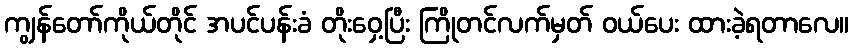
ကျွန်တော်ကိုယ်တိုင် အပင်ပန်းခံ တိုးဝှေ့ပြီး ကြိုတင်လက်မှတ် ဝယ်ပေး ထားခဲ့ရတာလေ။